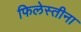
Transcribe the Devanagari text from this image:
फिलेस्तीना